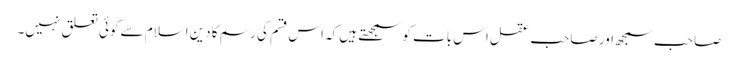
صاحب سمجھ اور صاحب عقل اس بات کو سمجھتے ہیں کہ اس قسم کی رسم کا دین اسلام سے کوئی تعلق نہیں۔